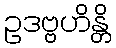
ဥဒဗ္ဗဟိန္တိ